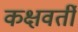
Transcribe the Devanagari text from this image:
कक्षवर्ती